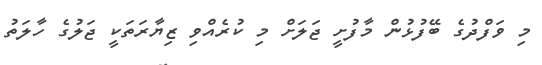
މި ވަފްދުގެ ބޭފުޅުން މާފުށީ ޖަލަށް މި ކުރެއްވި ޒިޔާރަތަކީ ޖަލުގެ ހާލަތު